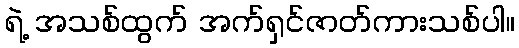
ရဲ့ အသစ်ထွက် အက်ရှင်ဇာတ်ကားသစ်ပါ။